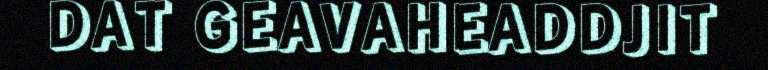
DAT GEAVAHEADDJIT